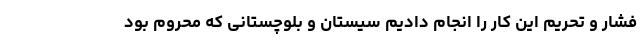
فشار و تحریم این کار را انجام دادیم سیستان و بلوچستانی که محروم بود